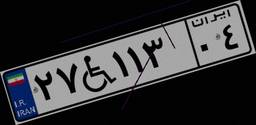
۲۷W۱۱۳۰۴